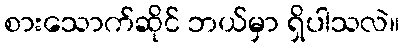
စားသောက်ဆိုင် ဘယ်မှာ ရှိပါသလဲ။